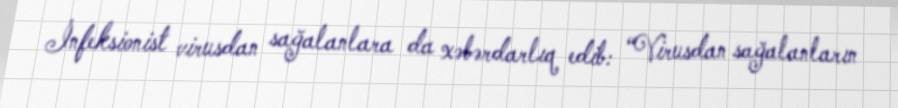
İnfeksionist virusdan sağalanlara da xəbərdarlıq edib: “Virusdan sağalanların